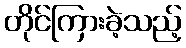
တိုင်ကြားခဲ့သည့်